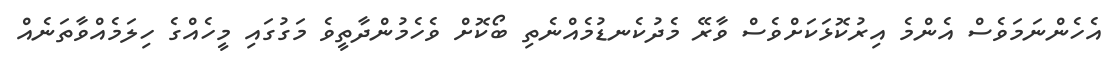
އެހެންނަމަވެސް އެންމެ އިރުކޮޅަކަށްވެސް ވާރޭ މެދުކެނޑުމެއްނެތި ބޯކޮށް ވެހެމުންދާތީވެ މަގުގައި މީހެއްގެ ހިލަމެއްވާތަނެއް